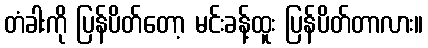
တံခါးကို ပြန်ပိတ်တော့ မင်းခန့်ထူး ပြန်ပိတ်တာလား။